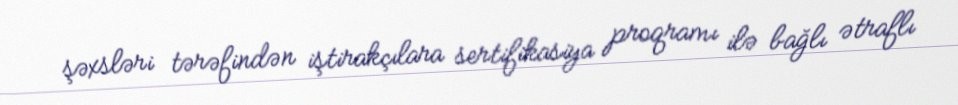
şəxsləri tərəfindən iştirakçılara sertifikasiya proqramı ilə bağlı ətraflı